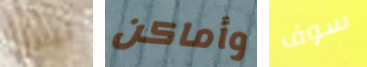
ليس وأماكن سوف